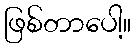
ဖြစ်တာပေါ့။